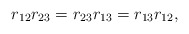
\begin{align*}r_{12}r_{23} = r_{23}r_{13} = r_{13}r_{12},\end{align*}